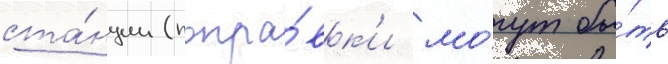
ста́нции (попра́вк'и мо́гут бы́ть